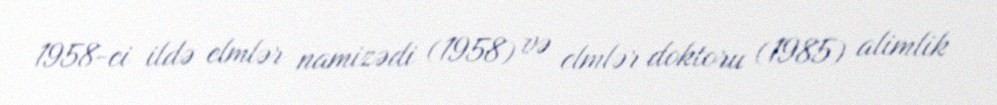
1958-ci ildə elmlər namizədi (1958) və elmlər doktoru (1985) alimlik